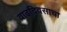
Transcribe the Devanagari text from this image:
वाढदिवसाचा